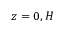
z = 0 , H